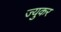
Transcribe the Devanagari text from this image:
ज्युकर